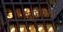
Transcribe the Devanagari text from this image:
सूफीयना